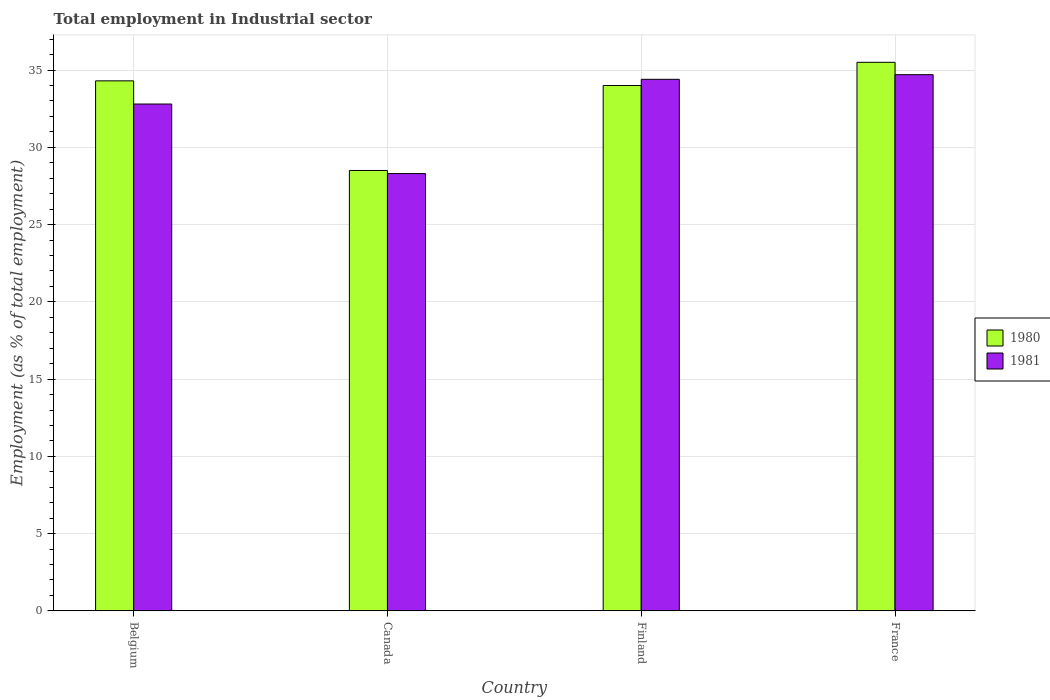
| Country | 1980 | 1981 |
 | --- | --- | --- |
 | Belgium | 34.3 | 32.8 |
 | Canada | 28.5 | 28.3 |
 | Finland | 34 | 34.4 |
 | France | 35.5 | 34.7 |